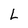
Character: L